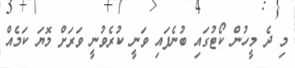
މި ދެ މީހުން ކޯޓުގައި ބުނެފައި ވަނީ ކުރެވުނީ ވަރަށް މޮޔަ ކަމެއް